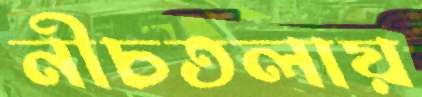
নীচতলায়